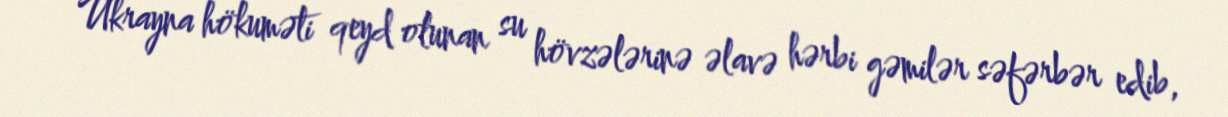
Ukrayna hökuməti qeyd olunan su hövzələrinə əlavə hərbi gəmilər səfərbər edib,